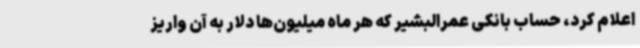
اعلام کرد، حساب بانکی عمرالبشیر که هر ماه میلیون‌ها دلار به آن واریز